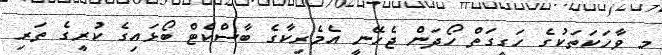
މި ވާހަކަތަކުގެ ހަގީގަތް ހޯދަން ޖެހޭނީ އެމެރިކާގެ ބާސްކެޓް ބޯޅައިގެ ކުރީގެ ތަރި